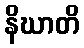
နိဃာတိ